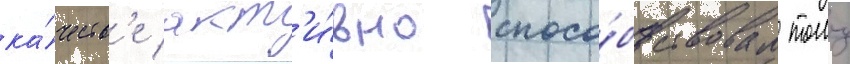
ка́честв'е акт'и́вно спосо́бствовал тому